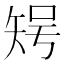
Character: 𥏃